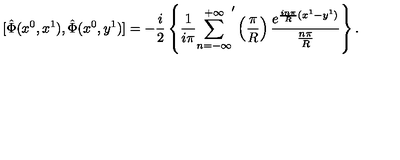
\mathrm { } [ \hat { \Phi } ( x ^ { 0 } , x ^ { 1 } ) , \hat { \Phi } ( x ^ { 0 } , y ^ { 1 } ) ] = - \frac { i } { 2 } \left\{ \frac { 1 } { i \pi } { \sum _ { n = - \infty } ^ { + \infty } } ^ { \prime } \left( \frac { \pi } { R } \right) \frac { e ^ { \frac { i n \pi } { R } ( x ^ { 1 } - y ^ { 1 } ) } } { \frac { n \pi } { R } } \right\} .